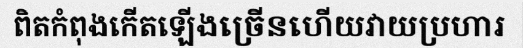
ពិតកំពុងកើតឡើងច្រើនហើយវាយប្រហារ